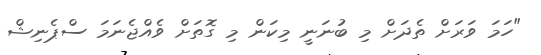
"ހަމަ ވަރަށް ތެދަށް މި ބުނަނީ މިކަން މި ގޮތަށް ވެއްޖެނަމަ ސްޕެނިޝް